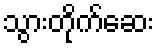
သွားတိုက်ဆေး